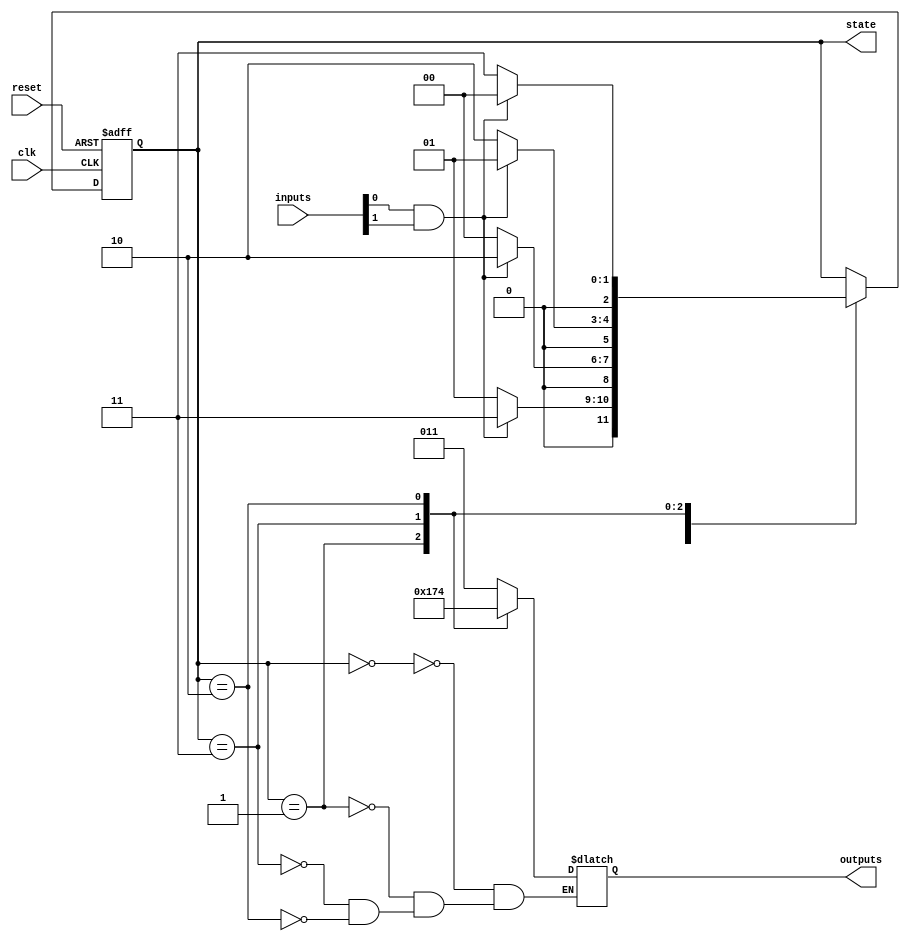
module GrayCodeStateMachine (
    input wire clk, // Clock input
    input wire reset, // Reset input
    input wire [N-1:0] inputs, // Input signals
    
    output reg [N-1:0] outputs, // Output signals
    output reg [N-1:0] state // State register
    
);

localparam N = 3; // Number of state bits

// State encoding in Gray code
parameter [N-1:0] STATE_A = 3'b000;
parameter [N-1:0] STATE_B = 3'b001;
parameter [N-1:0] STATE_C = 3'b011;
parameter [N-1:0] STATE_D = 3'b010;

always @(posedge clk or posedge reset) begin
    if (reset) begin
        state <= STATE_A; // Initial state
    end else begin
        case (state)
            STATE_A: begin
                // State transition logic
                if (inputs[0] && inputs[1]) begin
                    state <= STATE_C;
                end else begin
                    state <= STATE_B;
                end
            end
            STATE_B: begin
                // State transition logic
                if (inputs[0] && inputs[1]) begin
                    state <= STATE_D;
                end else begin
                    state <= STATE_A;
                end
            end
            STATE_C: begin
                // State transition logic
                if (inputs[0] && inputs[1]) begin
                    state <= STATE_B;
                end else begin
                    state <= STATE_D;
                end
            end
            STATE_D: begin
                // State transition logic
                if (inputs[0] && inputs[1]) begin
                    state <= STATE_A;
                end else begin
                    state <= STATE_C;
                end
            end
        endcase
    end
end

// Output generation logic
always @* begin
    case (state)
        STATE_A: outputs = 3'b011;
        STATE_B: outputs = 3'b101;
        STATE_C: outputs = 3'b110;
        STATE_D: outputs = 3'b100;
    endcase
end

endmodule